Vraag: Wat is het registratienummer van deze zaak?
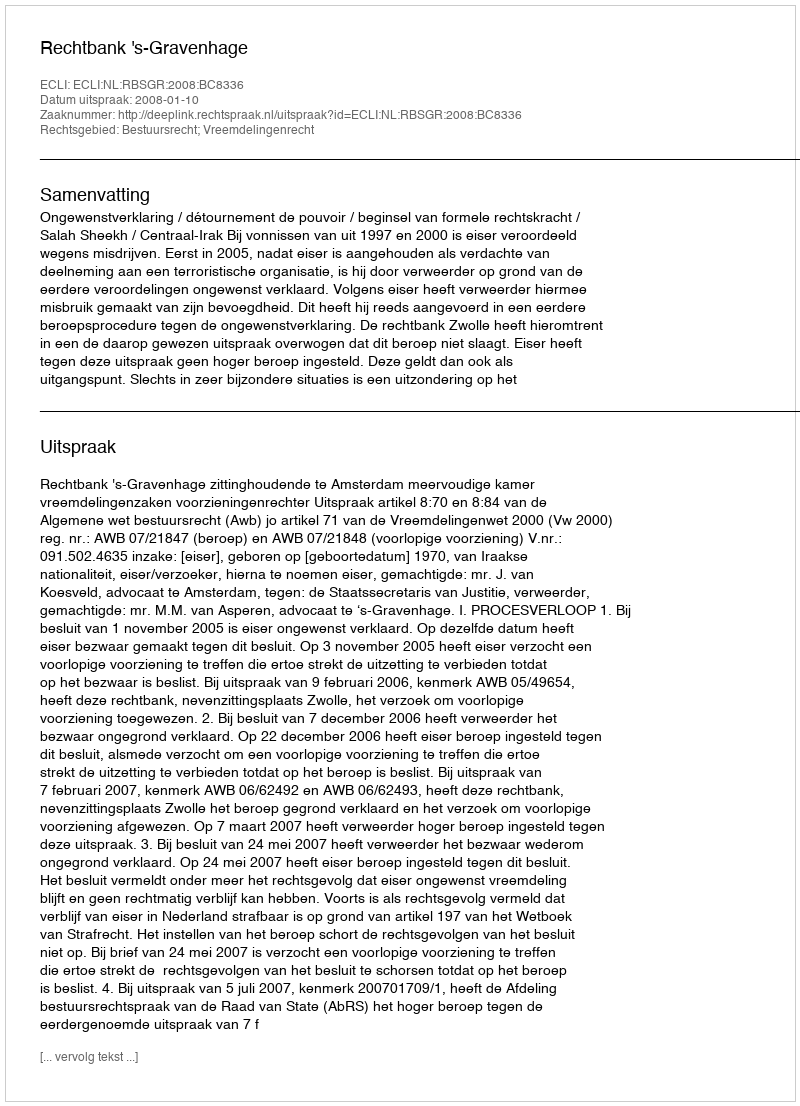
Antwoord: http://deeplink.rechtspraak.nl/uitspraak?id=ECLI:NL:RBSGR:2008:BC8336